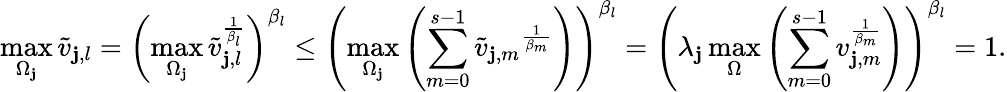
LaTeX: \operatorname*{max}_{\Omega_{\mathbf{j}}}\tilde{{v}}_{\mathbf{j},l}=\left(\operatorname*{max}_{\Omega_{\mathbf{j}}}\tilde{{v}}_{\mathbf{j},l}^{\frac{{1}}{{\beta_{l}}}}\right)^{\beta_{l}}\leq\left(\operatorname*{max}_{\Omega_{\mathbf{j}}}\left(\sum_{m=0}^{s-1}{\tilde{{v}}_{\mathbf{j},m}}^{\frac{{1}}{{\beta_{m}}}}\right)\right)^{\beta_{l}}=\left(\lambda_{\mathbf{j}}\operatorname*{max}_{\Omega}\left(\sum_{m=0}^{s-1}v_{\mathbf{j},m}^{\frac{{1}}{{\beta_{m}}}}\right)\right)^{\beta_{l}}=1.